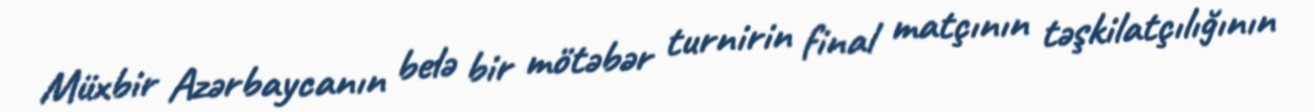
Müxbir Azərbaycanın belə bir mötəbər turnirin final matçının təşkilatçılığının